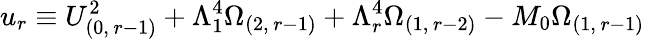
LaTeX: u_{r}\equiv U_{(0,\, r-1)}^{2}+\Lambda_{1}^{4}\Omega_{(2,\, r-1)}+\Lambda_{r}^{4}\Omega_{(1,\, r-2)}-M_{0}\Omega_{(1,\, r-1)}